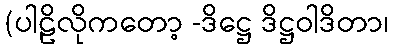
(ပါဠိလိုကတော့ -ဒိဋ္ဌေ ဒိဋ္ဌဝါဒိတာ၊